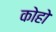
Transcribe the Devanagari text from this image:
कोहो